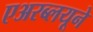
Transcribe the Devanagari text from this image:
एअरब्लयूने